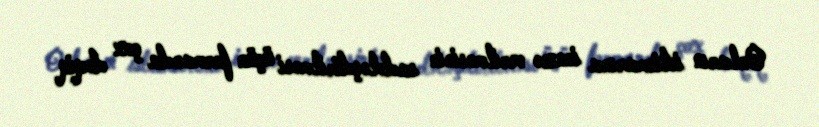
Onların istismarına icazə verilməsinin sadələşdirilməsi üçün fərmanda çox dəqiq